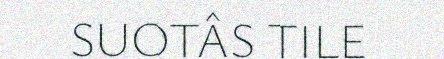
SUOTÂS TILE